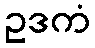
ဥဒကံ